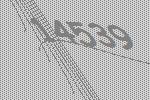
14539